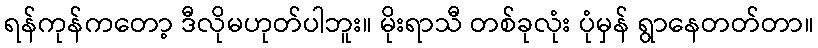
ရန်ကုန်ကတော့ ဒီလိုမဟုတ်ပါဘူး။ မိုးရာသီ တစ်ခုလုံး ပုံမှန် ရွာနေတတ်တာ။